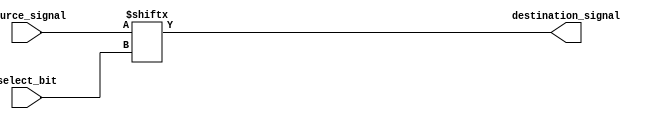
module bit_select_assign(
    input [7:0] source_signal,
    output reg destination_signal,
    input [2:0] select_bit
);

always @(*) begin
    destination_signal = source_signal[select_bit];
end

endmodule